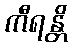
ကီရန္တိ